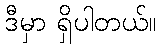
ဒီမှာ ရှိပါတယ်။